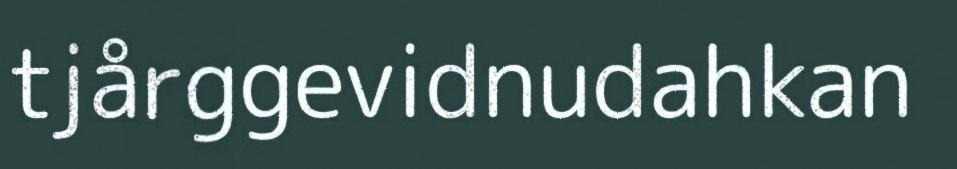
tjårggevidnudahkan